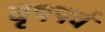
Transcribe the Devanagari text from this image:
वृषपर्व